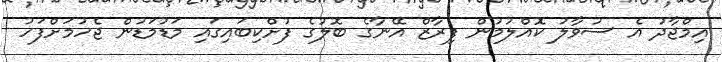
އިމްޖާދު އެ ސުވާލު ކޮއްލުމުން ފިރާޒް އޭނާގެ ބޮލުގެ ފުށްކިބައިގައި މަޑުމަޑުން ޖެހުމަށްފަހު